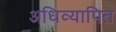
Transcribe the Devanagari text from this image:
अधिव्यापित